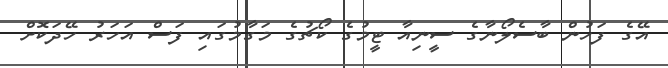
އޭގެ ފަހުން ބާސެލޯނާގެ ސީނިއާ ޓީމުގެ ކޯޗުގެ މަގާމުގައި ފަސް އަހަރު ހޭދަކޮށް